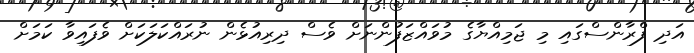
އަދި ފްރާންސްގައި މި ޖަމިއްޔާގެ މުވައްޒަފުންނަށް ވެސް ދިރިއުޅެން ނުރައްކަލަކަށް ވެފައިވާ ކަމަށް